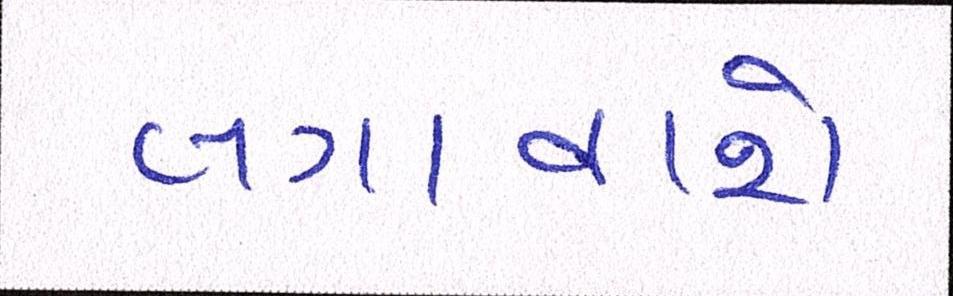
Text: લગાવાશે